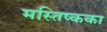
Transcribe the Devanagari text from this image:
मस्तिष्कका